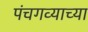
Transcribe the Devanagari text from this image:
पंचगव्याच्या